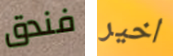
فندق اخير